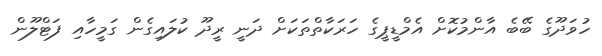
ހުވަދޫގެ ބޭބެ އާންމުކޮށް އެމްޑީޕީގެ ހަރަކާތްތަކަށް ދަނީ ރީދޫ ކުލައިގެން ގަމީހާއި ފަޓްލޫން